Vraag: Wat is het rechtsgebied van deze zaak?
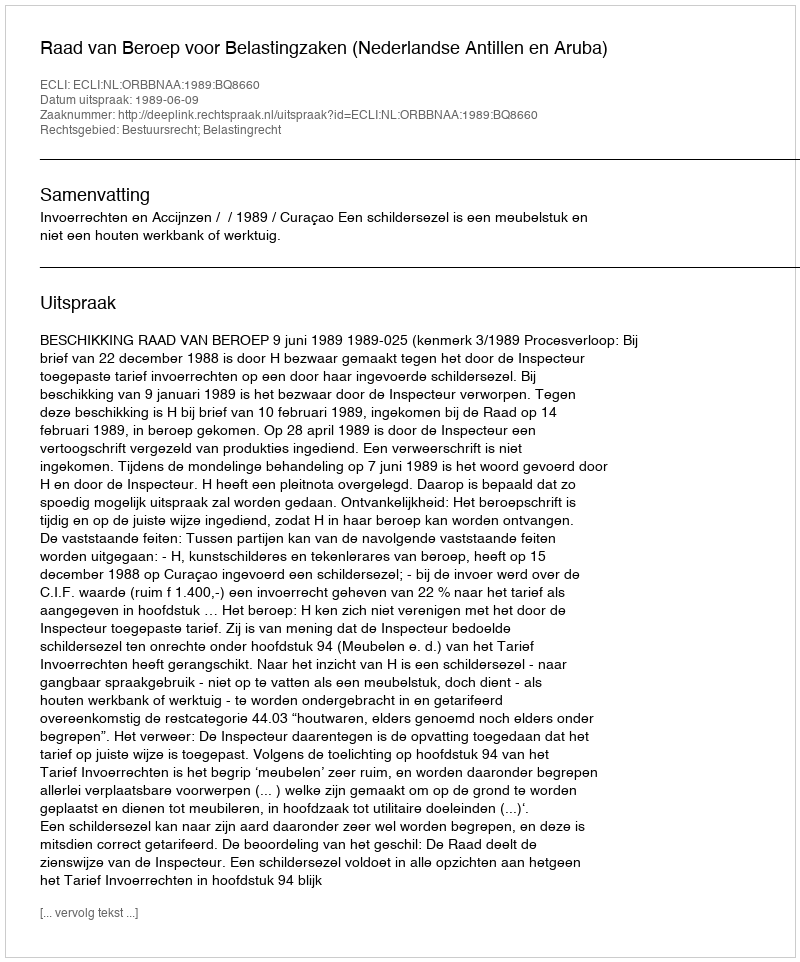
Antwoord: Bestuursrecht; Belastingrecht